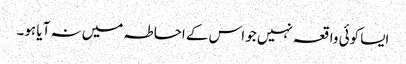
ایسا کوئی واقعہ نہیں جو اس کے احاطہ میں نہ آیا ہو۔